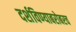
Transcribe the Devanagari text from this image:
दर्शविण्याबरोबरच